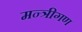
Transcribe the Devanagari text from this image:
मन्त्रीगण